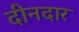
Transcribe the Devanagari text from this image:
दीनदार